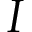
I